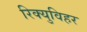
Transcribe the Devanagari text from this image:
रिक्युविहर